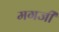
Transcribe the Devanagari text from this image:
मगजी